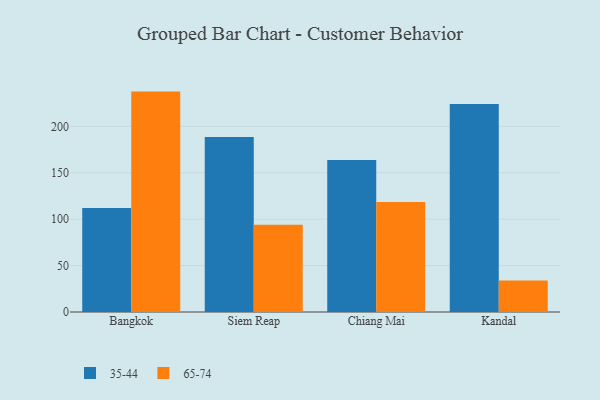
{"axis": {"x": "City", "y": "Temperature (°C)"}, "legend": ["35-44", "65-74"], "data": [{"x": "Bangkok", "y": 112.1, "type": "35-44"}, {"x": "Bangkok", "y": 237.4, "type": "65-74"}, {"x": "Siem Reap", "y": 188.4, "type": "35-44"}, {"x": "Siem Reap", "y": 93.9, "type": "65-74"}, {"x": "Chiang Mai", "y": 163.7, "type": "35-44"}, {"x": "Chiang Mai", "y": 118.4, "type": "65-74"}, {"x": "Kandal", "y": 224.1, "type": "35-44"}, {"x": "Kandal", "y": 33.8, "type": "65-74"}]}